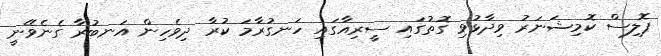
ޕޮލިސް ކޮމިޝަނަރު ވިދާޅުވި ގޮތުގައި ސީރިއާގައި ހަނގުރާމަ ކުރާ ދިވެހިން އަނބުރާ ގެނެވޭނީ